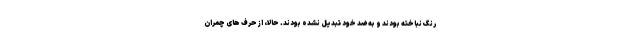
رنگ نباخته بودند و به ضد خود تبدیل نشده بودند. حالا، از حرف های چمران